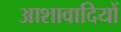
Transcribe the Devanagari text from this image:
आशावादियों